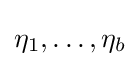
\eta _{1},\ldots ,\eta _{b}